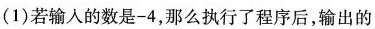
(1)若输入的数是-4，那么执行了程序后，输出的